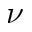
\nu